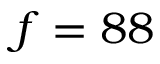
f = 8 8